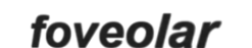
foveolar